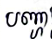
បញ្ហា